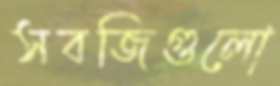
সবজিগুলো